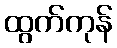
ထွက်ကုန်